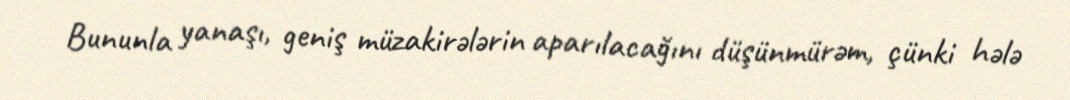
Bununla yanaşı, geniş müzakirələrin aparılacağını düşünmürəm, çünki hələ